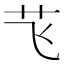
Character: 𮶞